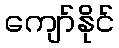
ကျော်နိုင်